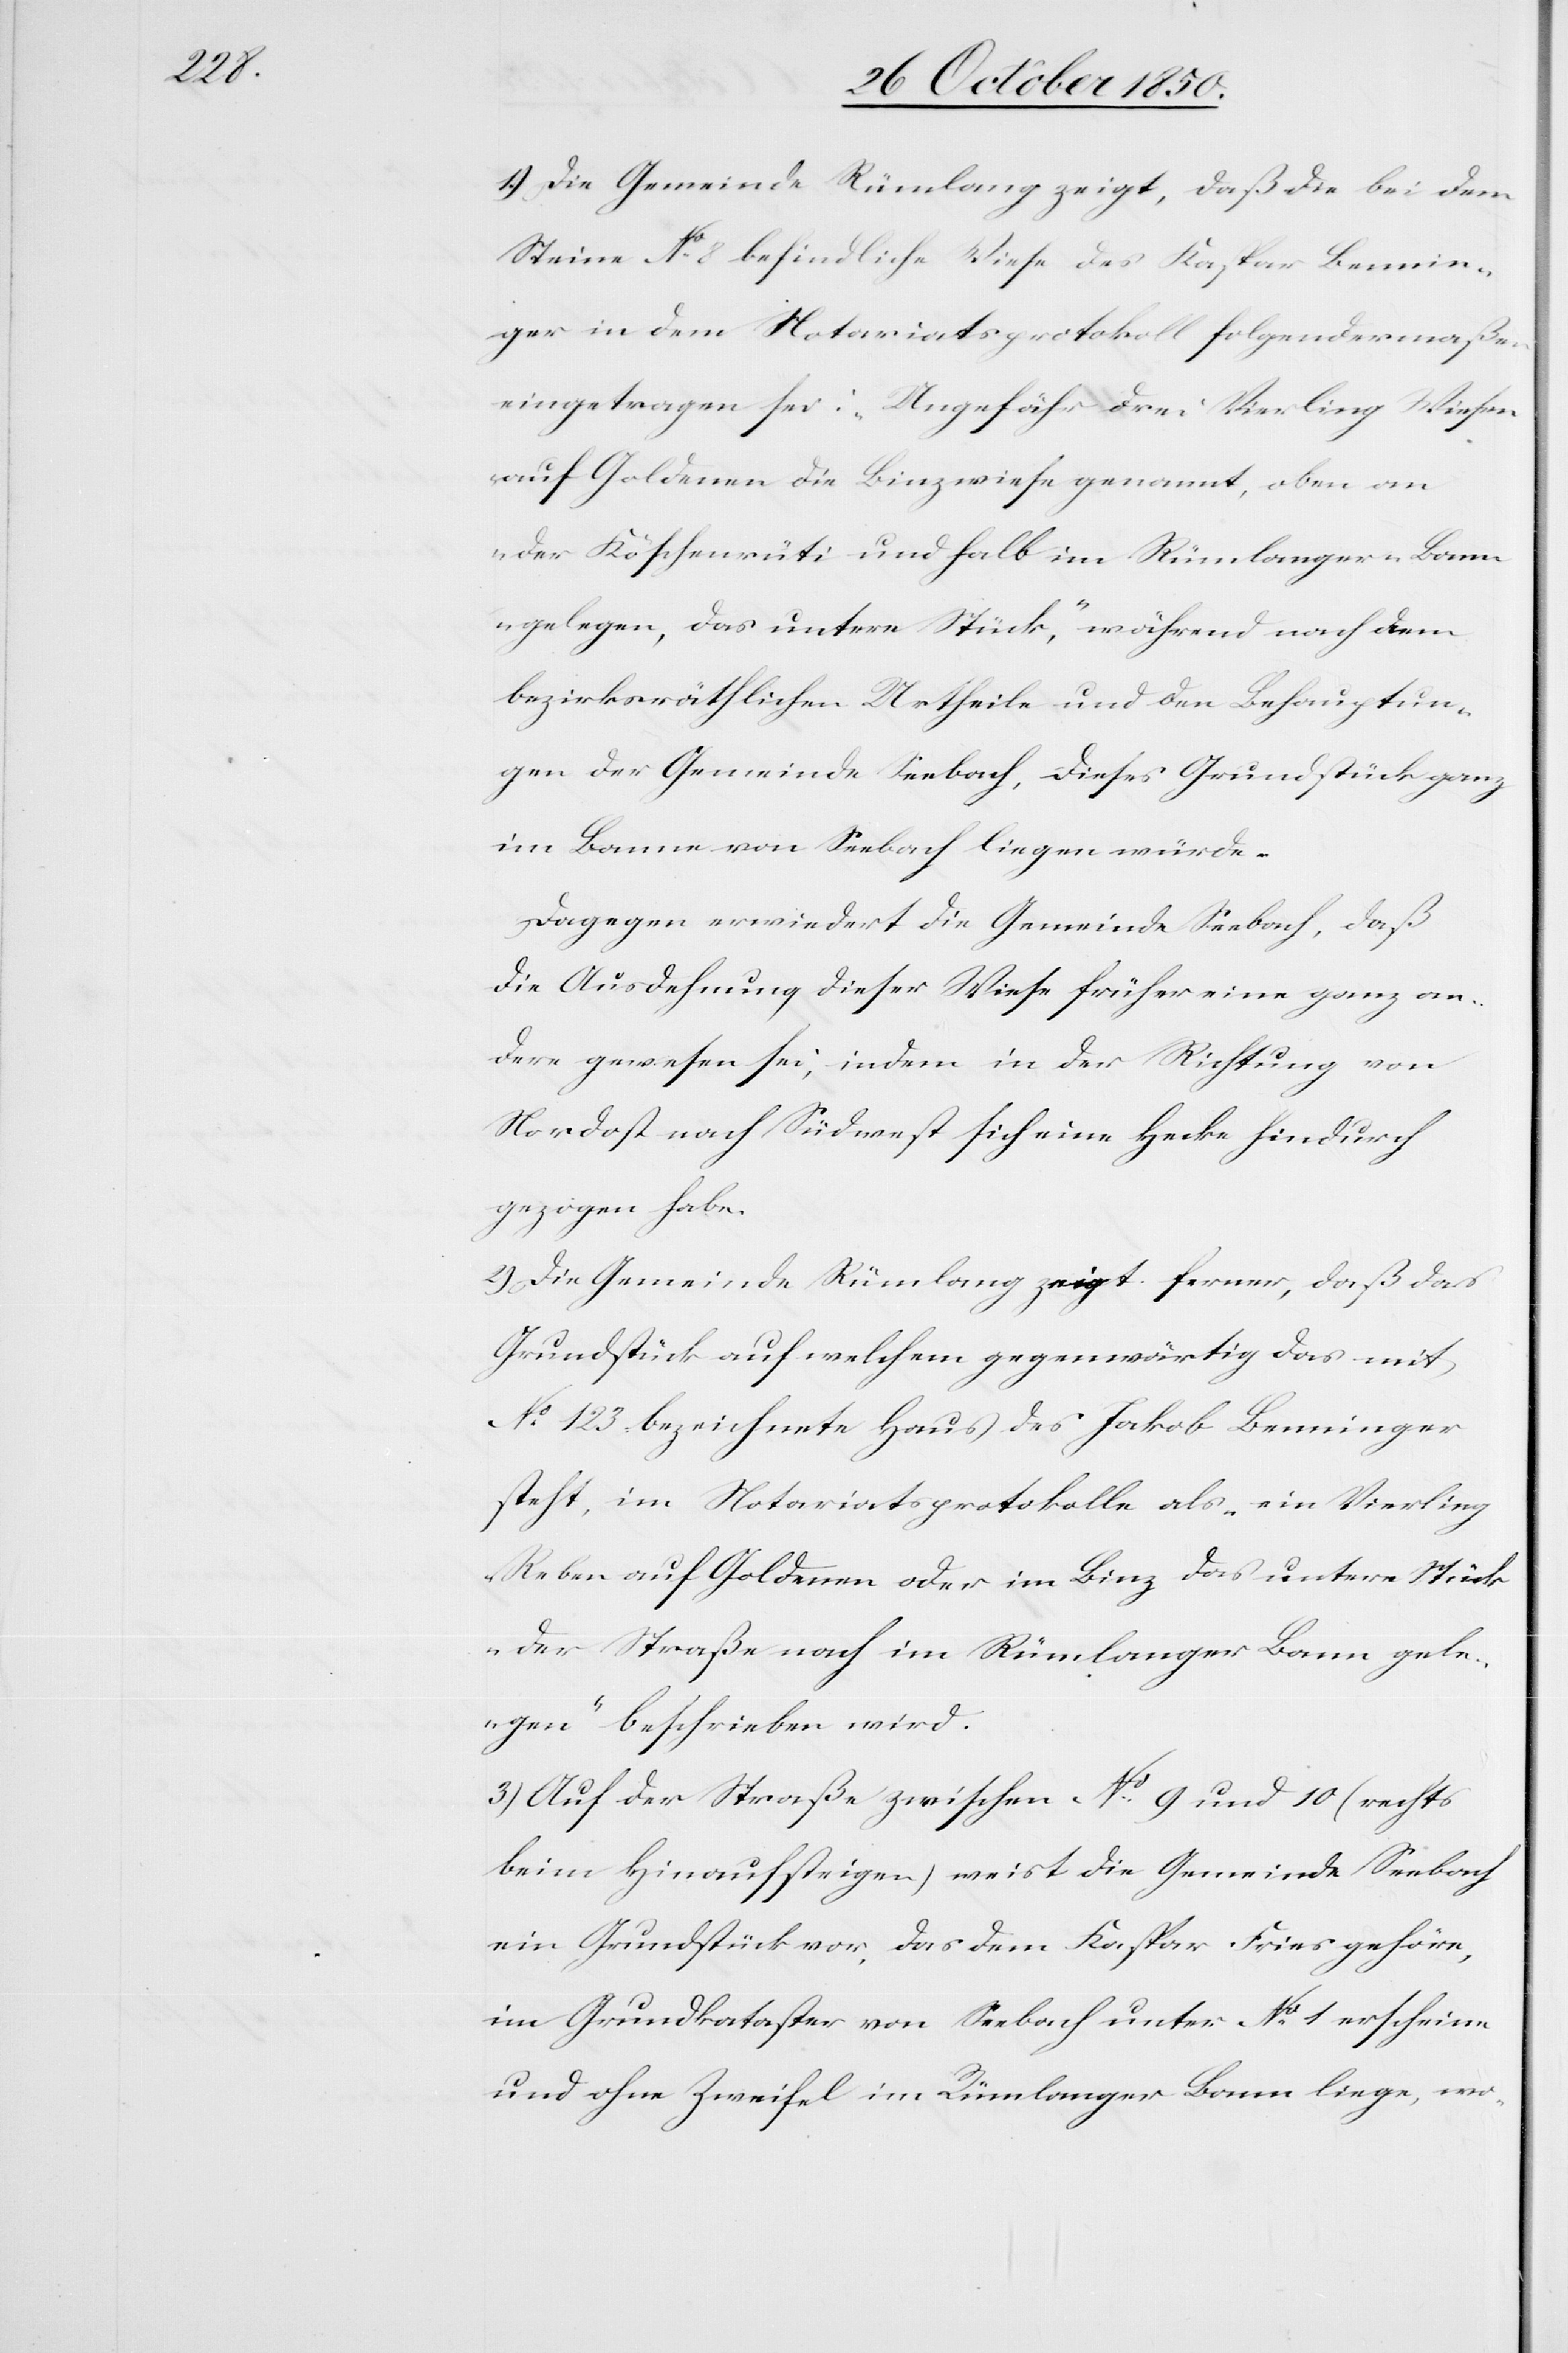
1.) Die Gemeinde Rümlang zeigt, daß die bei dem
Steine No 8 befindliche Wiese des Kaspar Bennin¬
ger in dem Notariatsprotokoll folgendermaßen
eingetragen sei: „Ungefähr drei Vierling Wiesen
auf Goldenen die Binzweise genannt, oben an
der Köschenrüti und halb im Rümlanger-Ban¬
n gelegen, das untere Stück“, während nach dem
bezirksräthlichen Urtheile und den Behauptun¬
gen der Gemeinde Seebach, dieses Grundstück ganz
im Banne von Seebach liegen würde.
Dagegen erwiedert die Gemeinde Seebach, daß
die Ausdehnung dieser Wiese früher eine ganz an¬
dere gewesen sei, indem in der Richtung von
Nordost nach Südwest sich eine Hecke hindurch
gezogen habe.
2) Die Gemeinde Rümlang zeigt ferner, daß das
Grundstück auf welchem gegenwärtig das mit
No 123 bezeichnete Haus des Jakob Benninger
steht, im Notariatsprotokolle als „ein Vierling
Reben auf Goldenen oder im Binz das untere Stück
der Straße nach im Rümlanger Bann gele¬
gen“ beschrieben wird.
3.) Auf der Straße zwischen No 9 und 10 (rechts
beim Hinaufsteigen) weist die Gemeinde Seebach
ein Grundstück vor, das dem Kaspar Fries gehöre,
im Grundkataster von Seebach unter No 1 erscheine
und ohne Zweifel im Rümlanger Bann liege, wo-